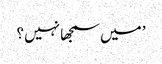
’ میں سمجھا نہیں ؟